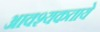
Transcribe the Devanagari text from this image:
आवश्यकताये